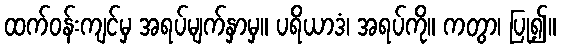
ထက်ဝန်းကျင်မှ အရပ်မျက်နှာမှ။ ပရိယာဒံ၊ အရပ်ကို။ ကတွာ၊ ပြု၍။